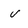
Character: v